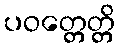
ပဝတ္တေတ္တိ